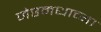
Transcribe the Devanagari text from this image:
जेष्ठमधाच्या